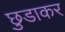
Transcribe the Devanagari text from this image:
छुडाकर